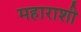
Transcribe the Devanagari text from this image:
महाराशी